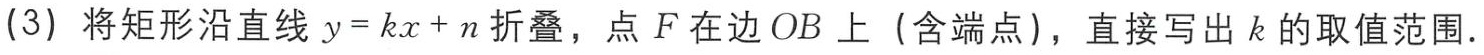
(3) 将矩形沿直线 \(y = kx + n\) 折叠，点 \(F\) 在边 \(OB\) 上（含端点），直接写出 \(k\) 的取值范围．